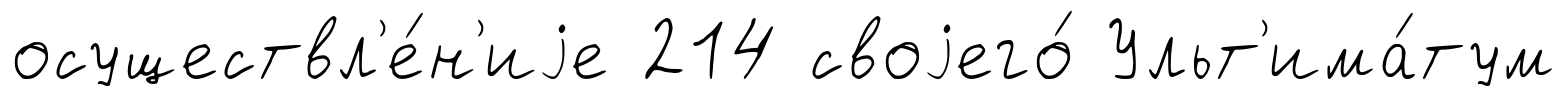
осуществл'е́н'иjе 214 своjего́ Ульт'има́тум